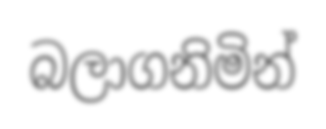
බලාගනිමින්